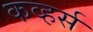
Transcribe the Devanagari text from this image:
कव्हर्स